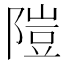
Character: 隑